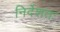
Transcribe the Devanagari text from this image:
निर्देशतः